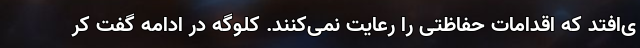
ی‌افتد که اقدامات حفاظتی را رعایت نمی‌کنند. کلوگه در ادامه گفت کر